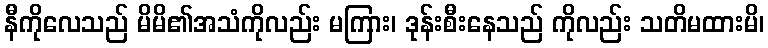
နီကိုလေသည် မိမိ၏အသံကိုလည်း မကြား၊ ဒုန်းစီးနေသည် ကိုလည်း သတိမထားမိ၊